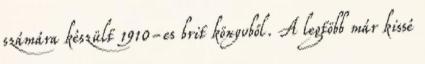
számára készült 1910-es brit könyvből. A legtöbb már kissé